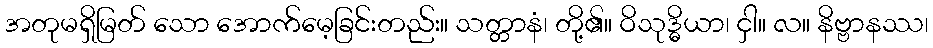
အတုမရှိမြတ် သော အောက်မေ့ခြင်းတည်း။ သတ္တာနံ၊ တို့၏။ ဝိသုဒ္ဓိယာ၊ ငှါ။ လ။ နိဗ္ဗာနဿ၊